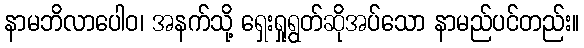
နာမဘိလာပေါဝ၊ အနက်သို့ ရှေးရှုရွတ်ဆိုအပ်သော နာမည်ပင်တည်း။